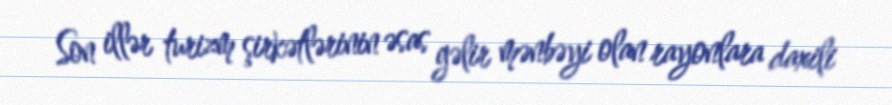
Son illər turizm şirkətlərinin əsas gəlir mənbəyi olan rayonlara daxili